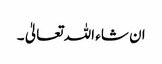
ان شاء اللہ تعالیٰ ۔